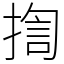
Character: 揈